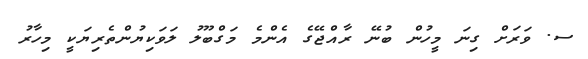
ސ. ވަރަށް ގިނަ މީހުން ބުނޭ ރާއްޖޭގެ އެންމެ މަގްބޫލު ލަވަކިޔުންތެރިޔަކީ މިހާރު